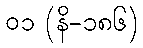
၀၁ (နိ-၁၈၆)